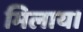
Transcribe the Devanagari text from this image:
मिलाय।